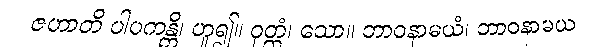
ဇဟာတိ ပါပကန္တိ၊ ဟူ၍။ ဝုတ္တံ၊ သော။ ဘာဝနာမယံ၊ ဘာဝနာမယ